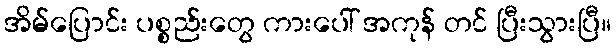
အိမ်ပြောင်း ပစ္စည်းတွေ ကားပေါ် အကုန် တင် ပြီးသွားပြီ။